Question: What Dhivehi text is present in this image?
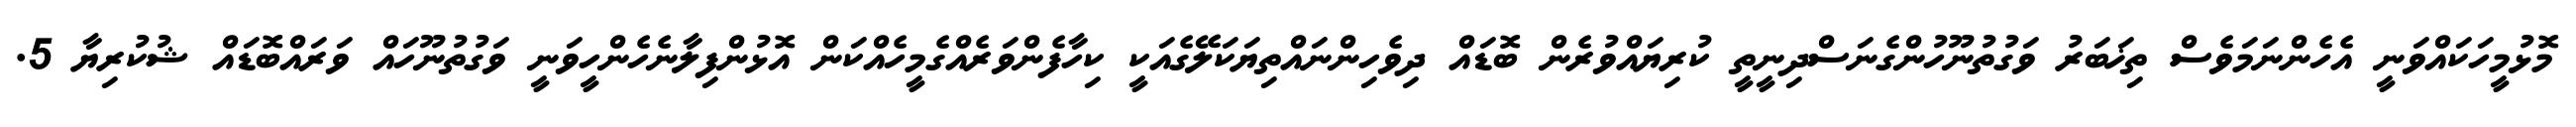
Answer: މޮޅުމީހަކައްވަނީ އެހެންނަމަވެސް ތިޚަބަރު ވަގުތުނޫހުންގެނަސްދިނީތީ ކުރިޔައްވުރެން ބޮޑައް ދިވެހިންނައްތިޔަކަލޭގެއަކީ ކިހާފެންވަރެއްގެމީހެއްކަން އޮޅުންފިލާނެހެންހީވަނީ ވަގުތުނޫހައް ވަރައްބޮޑައް ޝުކުރިޔާ 5.